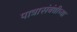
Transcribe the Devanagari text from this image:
पात्रासंबंधीच्या